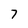
Character: 7